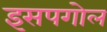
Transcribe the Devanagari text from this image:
इसपगोल